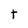
Character: t